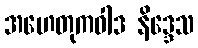
အဟေတုကဝါဒ နိဒ္ဒေသ